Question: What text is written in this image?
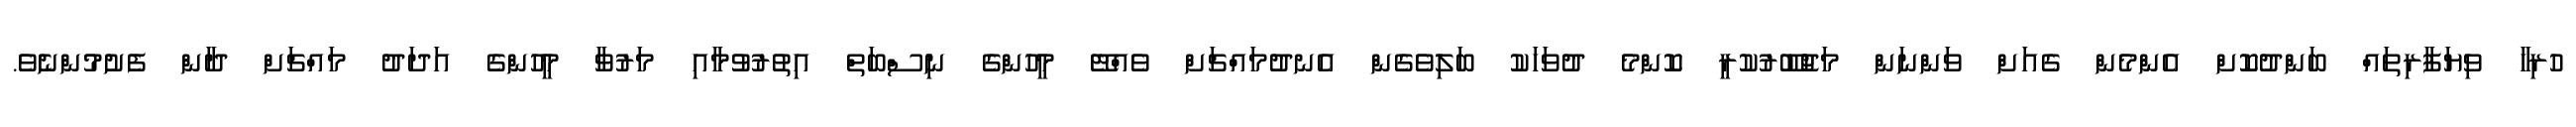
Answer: ހުރިހާ ވިޔަފާރިތައް ބަންދުކޮށް އެންމެން ގެއަށް ވަންނަން މަޖުބޫރުކުރީ ކޮންމެ ދުވަހަކު ބަލިވެގެން އެނދުމައްޗަށް ވެއްޓޭ މީހުންގެ ނިސްބަތް އިތުރުވުމާއި މަރުވާ މީހުންގެ އަދަދު މައްޗަށް ދާން ފެށުމުންނެވެ.